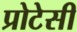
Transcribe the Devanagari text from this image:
प्रोटेसी